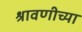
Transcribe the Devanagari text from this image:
श्रावणीच्या